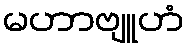
မဟာဗျူဟံ